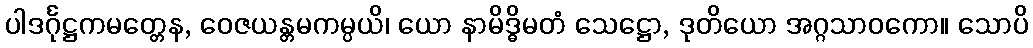
ပါဒင်္ဂုဋ္ဌကမတ္တေန, ဝေဇယန္တမကမ္ပယိ၊ ယော နာမိဒ္ဓိမတံ သေဋ္ဌော, ဒုတိယော အဂ္ဂသာဝကော။ သောပိ